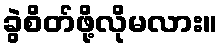
ခွဲစိတ်ဖို့လိုမလား။